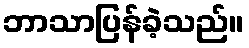
ဘာသာပြန်ခဲ့သည်။